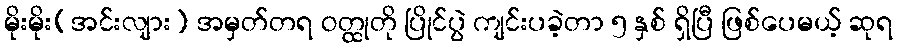
မိုးမိုး(အင်းလျား) အမှတ်တရ ဝတ္ထုတို ပြိုင်ပွဲ ကျင်းပခဲ့တာ ၅ နှစ် ရှိပြီ ဖြစ်ပေမယ့် ဆုရ